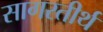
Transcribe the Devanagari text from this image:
सागरतीर्थ